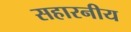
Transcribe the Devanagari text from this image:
सहारनीय